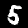
Digit: 5